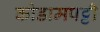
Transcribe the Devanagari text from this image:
कोडामपट्टी